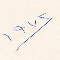
١٩٧٢